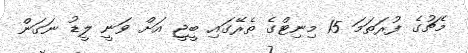
މެޗުގެ ފުރަތަމަ 15 މިނިޓްގެ ތެރޭގައި ބީޖީ އަށް ވަނީ ލީޑު ނަގަން